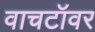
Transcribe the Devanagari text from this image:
वाचटॉवर